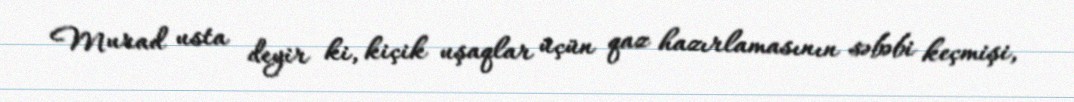
Murad usta deyir ki, kiçik uşaqlar üçün qaz hazırlamasının səbəbi keçmişi,